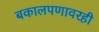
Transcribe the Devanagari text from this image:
बकालपणावरही